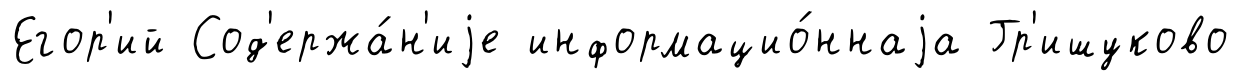
Егор'ий Сод'ержа́н'иjе информацио́ннаjа Гр'ишуково